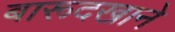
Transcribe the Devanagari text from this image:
बारूदखाने